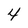
Character: 4